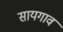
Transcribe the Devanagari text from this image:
सायगाव